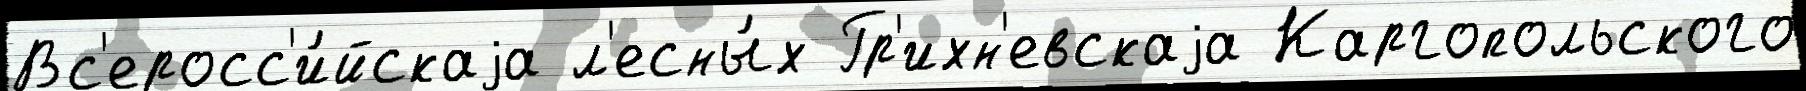
Вс'еросс'и́йскаjа л'есны́х Гр'ихн'евскаjа Каргопольского